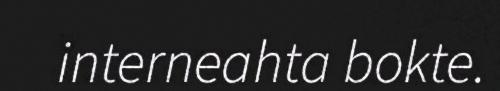
interneahta bokte.